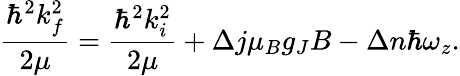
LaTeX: \frac{\hbar^{2}k_{f}^{2}}{2\mu}=\frac{\hbar^{2}k_{i}^{2}}{2\mu}+\Delta j\mu_{B}g_{J}B-\Delta n\hbar\omega_{z}.